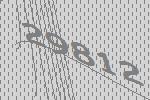
29812